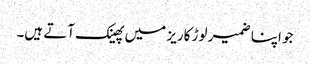
جو اپنا ضمیر لوڑ کاریز میں پھینک آتے ہیں۔